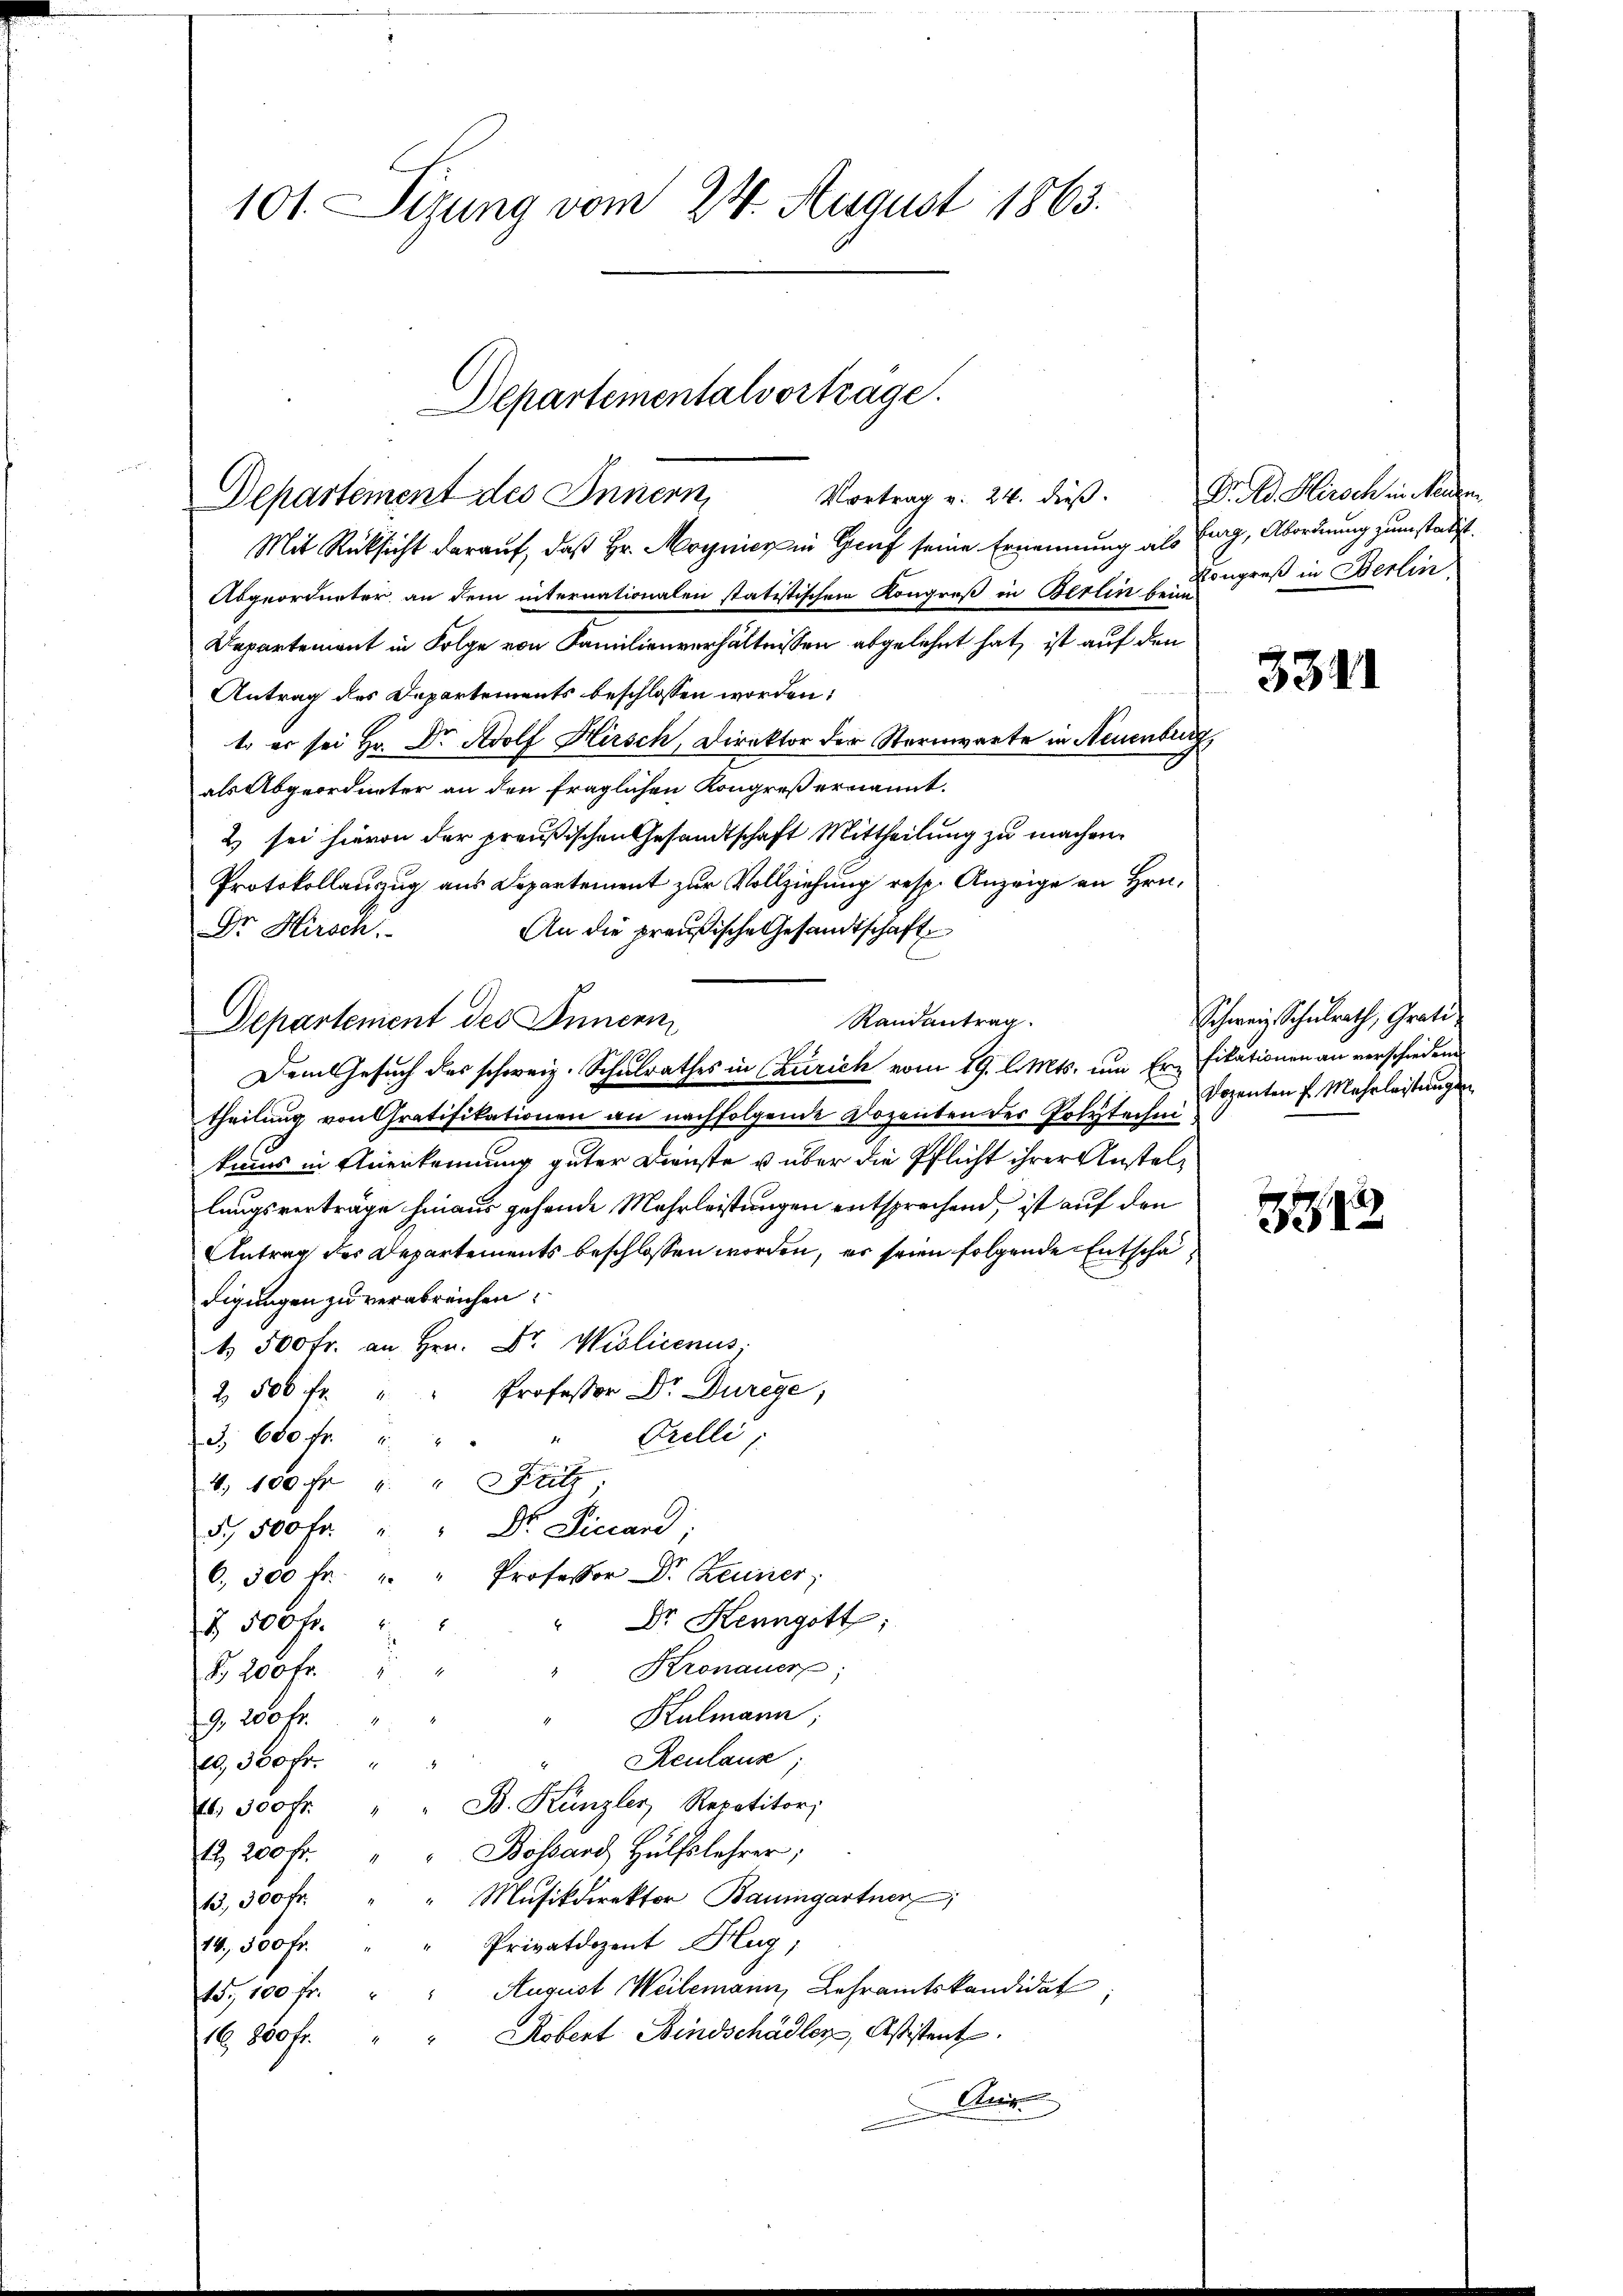
101. Sizung vom 24. August 1863.

Departementalvortrage.
Vortrag v. 24. dieß.
Departement des Innern,

Mit Rücksicht darauf, daß Hr. Moynier in Graf seine Ernennung als Erg, Abordnung zum statist.
Abgeordneter an dem internationalen statistischen Kongreß in Berlin bei eingreß in Berlin
Departement in Folge von Familienverhältnissen abgelehnt hat, ist auf den
Antrag des Departements beschlossen worden:
1. er sei Hr. Dr. Adolf Hirsch, Direktor der Sternwarte in Neuenburg,
als Abgeordneter an den fraglichen Kongreß ernannt.
2) sei hievon der preußischen Gesandtschaft Mittheilung zu machen.
Protokollauzug aus Departement zur Vollziehung resp. Anzeige an Hrn.
An die preußische Gesandtschaft
Dr Hirsch.
Randantrag.
Departement des Innern
Dem Gesuch des schweiz. Schulrathes in (Zürich vom 19. l. Mts. um Er fikationen an verschiedene
theilung von Gratifikationen an nachfolgende Dozenten der Polytechn
kans in Anerkennung guter Dienste u über die Pflicht ihrer Anstellungsverträge hinaus gehende Mehrleistungen entsprechend, ist auf den
Antrag des Departements beschlossen worden, es seien folgende Entschädigungen zu verabreichen.
t 500 fr. an Hrn. Dr. Violicenus
2 500 fr. " " Professor Dr. Durege,
Prelli
3. 680 fr.
4
4. 100 fr " " Britt,
5,500 fr. " " Dr. Ficard,
6. 300 fr. " " Professor Dr. Zeuner,
Dr. Kenngott:
§ 500 fr.
Kronauer
Nr. 200 fr.
" Kulmann;
9, 250 fr.
Reulaus;
20, 350 Fr.
. 350fr. " " B. Kanzler Repetitori
12, 200 fr. " " Bossard Hülfslehrer;
13. 300 fr. " " Mŭsikdirektor Baumgartner;
Privatdozent Hug,
14, 500 fr.
15., 100 fr. " " August Weilemann, Lehramtskandidat,
16,800 fr. " " Kobert Bindschädler, Astistent
Anis.

Dr. d. Hirsch in Neuzen

3341

Schweiz. Schulrath, Grati
Dozenten E. Mehrleistungen

1212